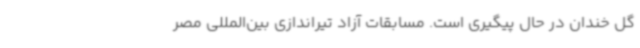
گل خندان در حال پیگیری است. مسابقات آزاد تیراندازی بین‌المللی مصر